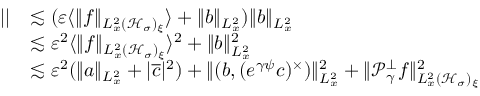
\begin{array} { r l } { | | } & { \lesssim ( \varepsilon \langle \| f \| _ { L _ { x } ^ { 2 } ( \mathcal H _ { \sigma } ) _ { \xi } } \rangle + \| b \| _ { L _ { x } ^ { 2 } } ) \| b \| _ { L _ { x } ^ { 2 } } } \\ & { \lesssim \varepsilon ^ { 2 } \langle \| f \| _ { L _ { x } ^ { 2 } ( \mathcal H _ { \sigma } ) _ { \xi } } \rangle ^ { 2 } + \| b \| _ { L _ { x } ^ { 2 } } ^ { 2 } } \\ & { \lesssim \varepsilon ^ { 2 } ( \| a \| _ { L _ { x } ^ { 2 } } + | \overline { c } | ^ { 2 } ) + \| ( b , ( e ^ { \gamma \psi } c ) ^ { \times } ) \| _ { L _ { x } ^ { 2 } } ^ { 2 } + \| \mathcal P _ { \gamma } ^ { \perp } f \| _ { L _ { x } ^ { 2 } ( \mathcal H _ { \sigma } ) _ { \xi } } ^ { 2 } } \end{array}